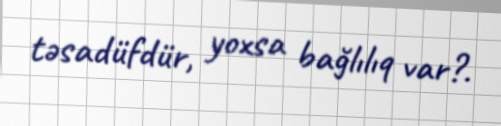
təsadüfdür, yoxsa bağlılıq var?.